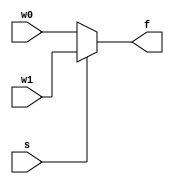
/*
 * Mux2to1 using if else
 *
*/

module mux2to1 (w0, w1, s, f);
input w0, w1, s;
output reg f;

always @(w0, w1, s)
begin
	f = w0; // default assignment. Dont forget it!
	if (s == 1)		
		f = w1;
end

endmodule